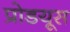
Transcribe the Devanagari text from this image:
प्रोडयूस